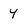
Character: 4